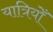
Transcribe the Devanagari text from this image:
यात्रियोँ